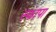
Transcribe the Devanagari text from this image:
स्कापा